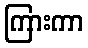
ကြားကာ